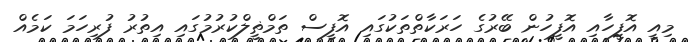
މިއީ އޮފީހާއި އޮފީހުން ބޭރުގެ ހަރަކާތްތަކުގައި އޮފީސް ތަމްޡީލްކުރުމުގައި އިތުރު ފުރިހަމަ ކަމެއް